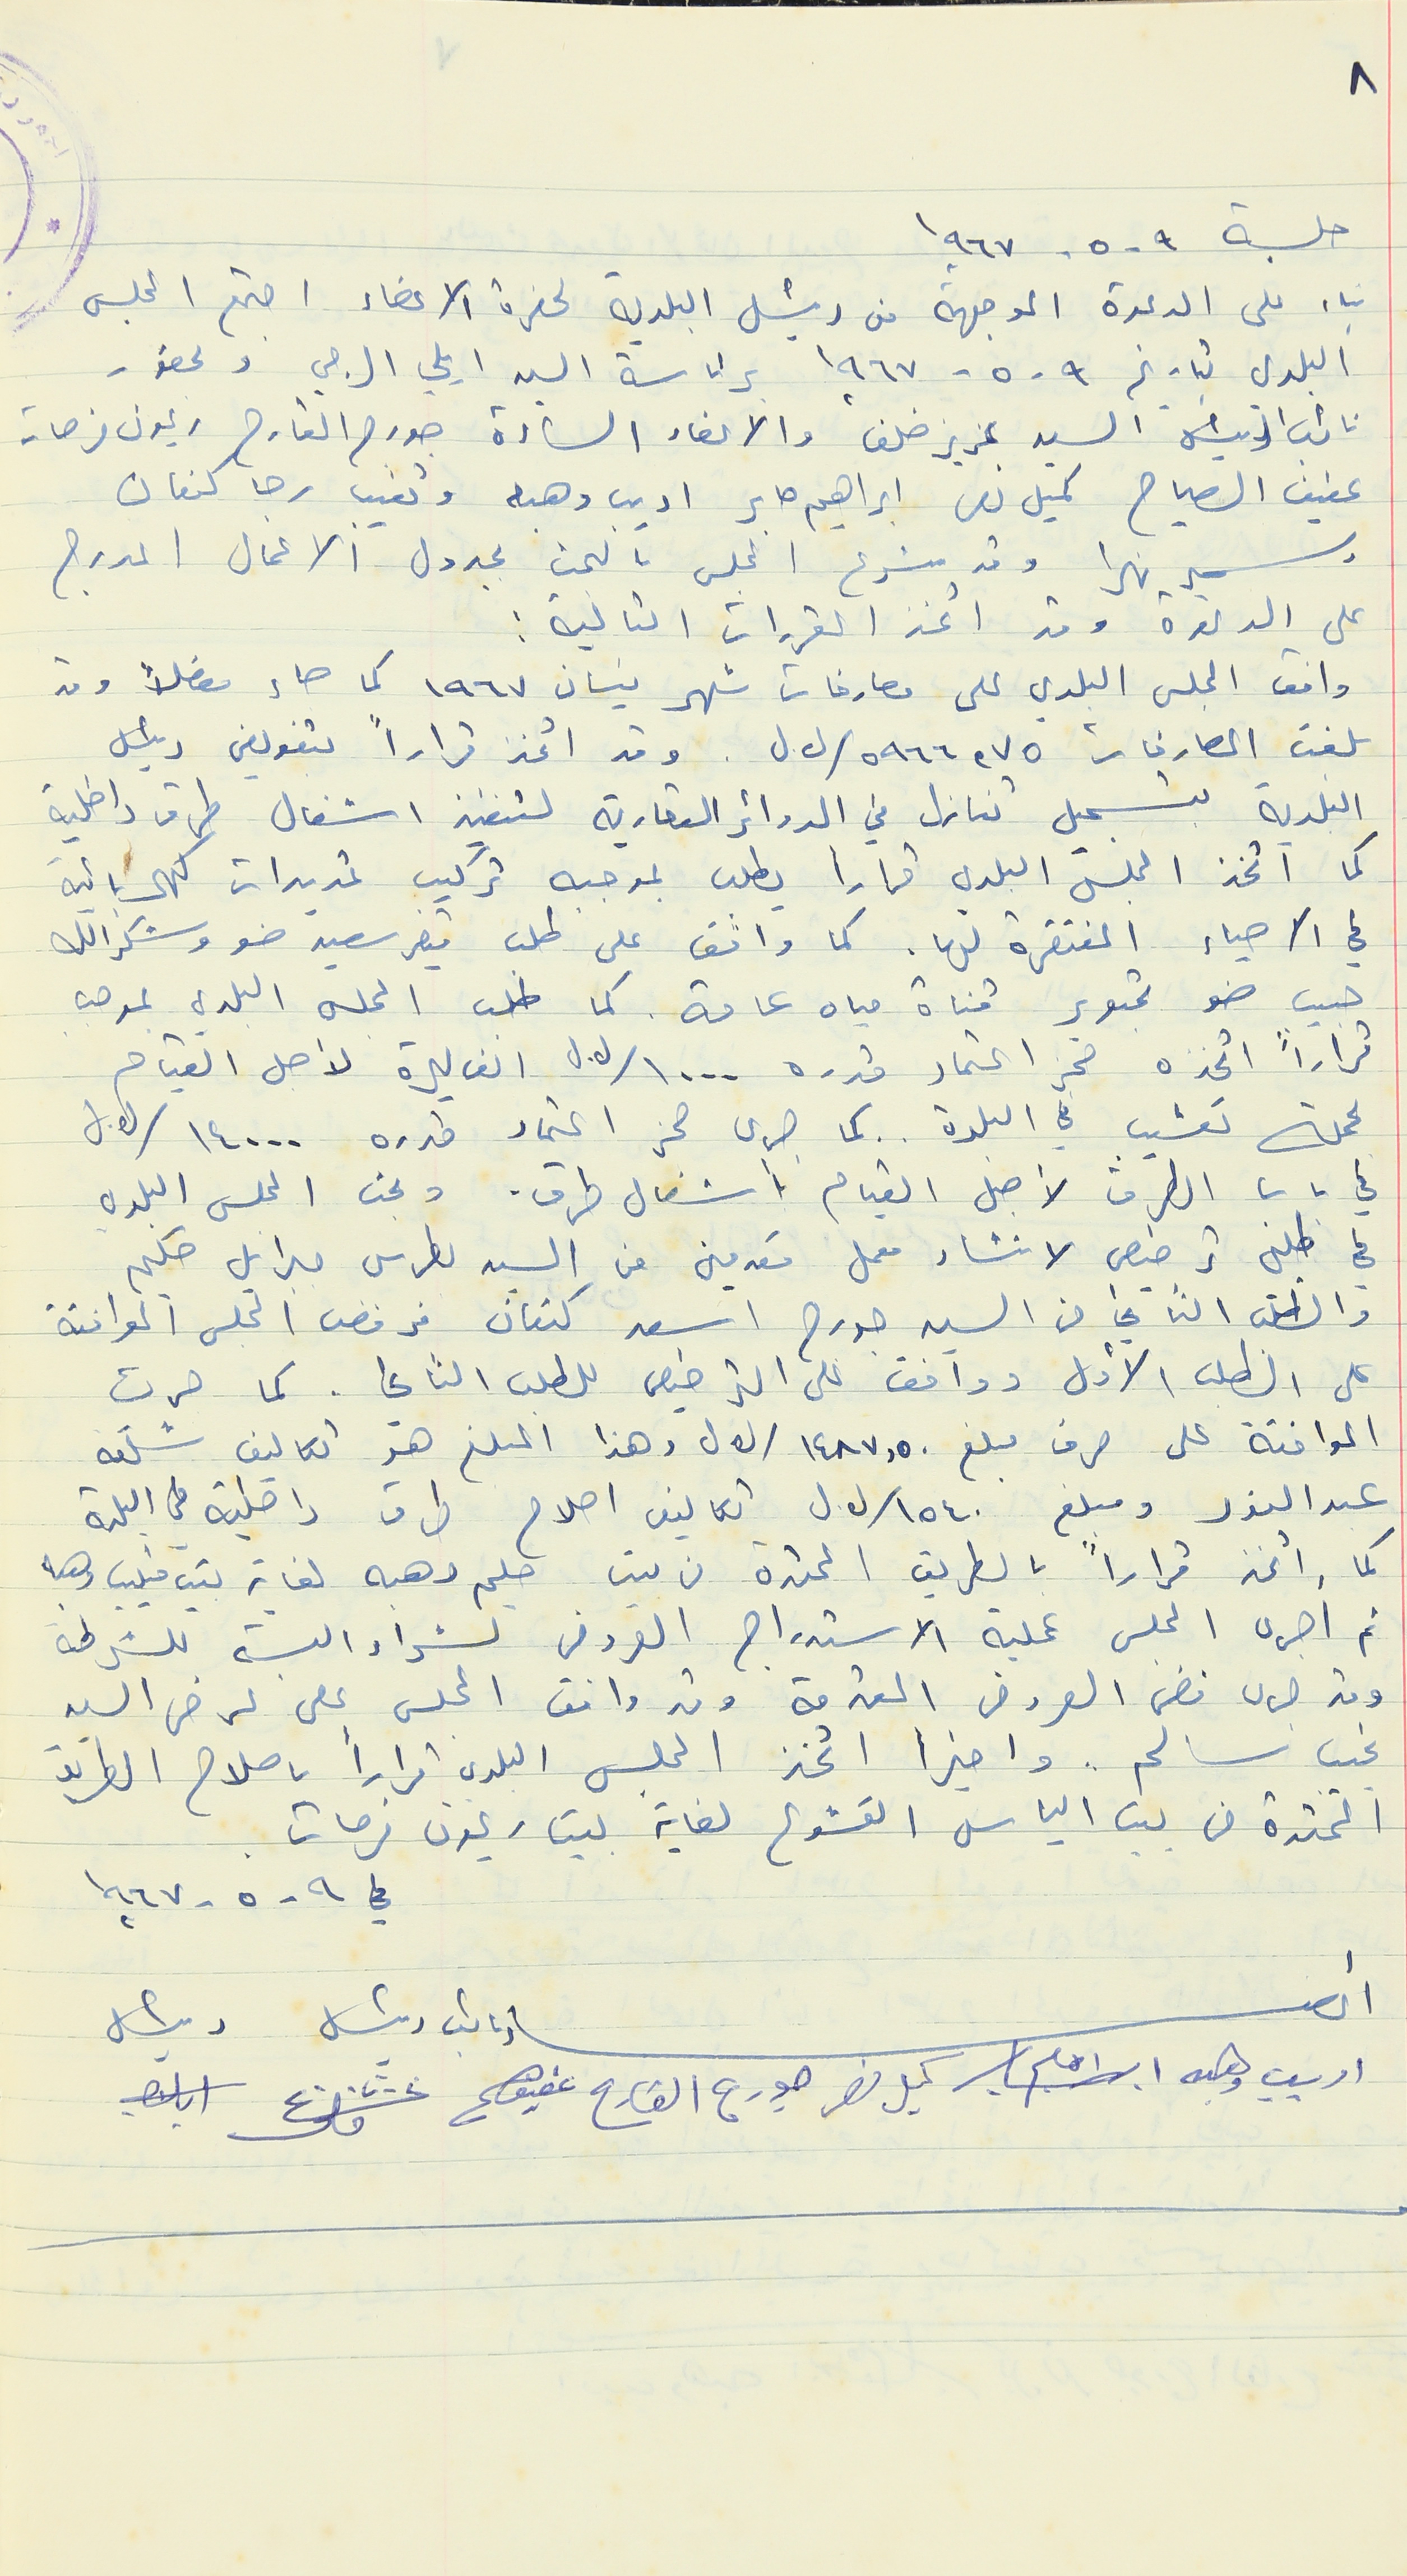
جلسة ٩ - ٥ - ١٩٦٧
بناء على الدعوة الموجهة من رئيس البلدية لحضرة الاعضاء اجتمع المجلس
البلدي تاريخ ٩ - ٥ - ١٩٦٧ برئاسة السيد ايلي الرجي وبحضور
نائب الرئيس السيد عزيز خلف والاعضاء السادة جورج القارح ريمون فرحات
عفيف الصياح كميل نصر ابراهيم صابر اديب وهبه وتغيب رجا كنعان
وسمير نهرا وقد شرع المجلس بالبحث بجدول الاعمال المدرج
على الدعوة وقد اتخذ القرارات التالية :
وافق المجلس البلدي على مصارفات شهر نيسان ١٩٦٧ كما حاء مفصلا وقد
 بلغت المصارفات ٥٩٦٦,٧٥/ل.ل  . وقد اتخذ قراراً بتفويض رئيس
البلدية بتسجيل تنازل في الدوائر العقارية لتنفيذ اشغال طرق داخلية
في الاحياء المفتقرة لها. كما وافق على طلب قيصر سعيد ضو وشكرالله
قراراً اتخذه حجز اعتماد قدره ١٠٠٠/ل.ل الف ليرة لأجل القيام
بحملة تعشيب في البلدة . . كما جرى حجز اعتماد قدره ١٤٠٠٠/ل.ل
في باب الطرق لأجل القيام بأشغال طرق . وبحث المجلس البلدي
في طلبي ترخيص لانشاء معمل مقدمين من السيد بطرس جبرايل حكيم
والطلب الثاني من السيد جورج اسعد كنعان فرفض المجلس الموافقة
على الطلب الأول ووافق على الترخيص للطلب الثاني. كما جرت
الموافقة على صرف مبلغ ١٤٨٧,٥٠/ ل.ل وهذا المبلغ هو تكاليف شلقه
عبد النور ومبلغ ١٥٤٠ /ل.ل  تكاليف اصلاح طرق داخلية في البلدة
كما اتخذ قراراً بالطريق الممتدة من بيت حليم وهبه لغاية بيت فيليب وهبه
ثم أجرى المجلس عملية الاستدراج العروض لشراء البسة للشرطة
وقد جرى فض العروض المقدمة وقد وافق المجلس على عرض السيد
نجيب سالم. واخيرا اتخذ المجلس البلدي قراراً باصلاح الطريق
الممتدة من بيت الياس القشوع لغاية بيت ريمون فرحات
٨
كما اتخذ المجلس البلدي قراراً يطلب بموجبه تركيب تمديدات كهربائية
حبيب ضو تحوير قناة مياه عامة. كما طلب المجلس البلدي بموجب
في ٩ - ٥ - ١٩٦٧
أعضاء نائب رئيس رئيس
اديب وهبه ابراهيم كيل نصر جورج القارح عفيف